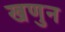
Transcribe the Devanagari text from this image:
खणुन